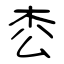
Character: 枩